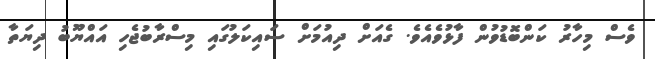
ވެސް މިހާރު ކަންބޮޑުވުން ފާޅުވެއެވެ. ގެއަށް ދިއުމަށް ސައިކަލުގައި މިސްރާބުޖެހި އައްޔޫބު ދިޔަތާ